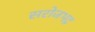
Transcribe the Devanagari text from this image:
सरोजभद्र